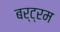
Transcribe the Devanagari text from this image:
बर्ट्रम